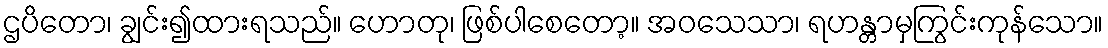
ဌပိတော၊ ချွင်း၍ထားရသည်။ ဟောတု၊ ဖြစ်ပါစေတော့။ အဝသေသာ၊ ရဟန္တာမှကြွင်းကုန်သော။